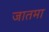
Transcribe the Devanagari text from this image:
जातमा